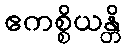
ဧကစ္စိယန္တိ